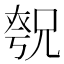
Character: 𪥚